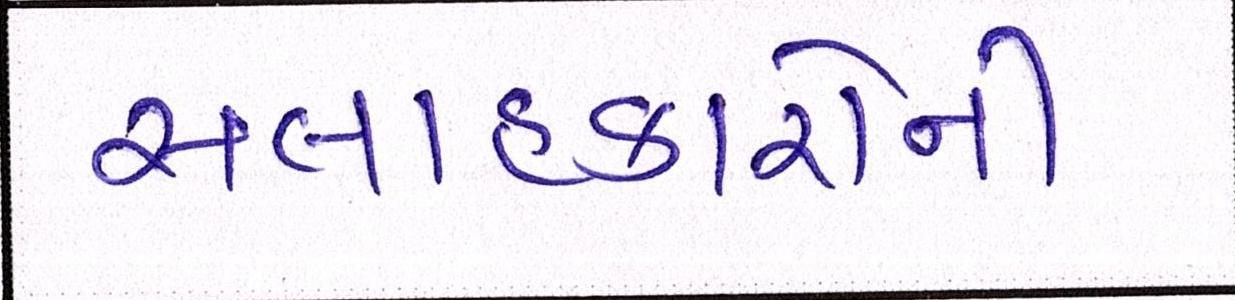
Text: સલાહકારોની